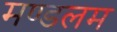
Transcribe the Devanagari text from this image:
मण्डलम